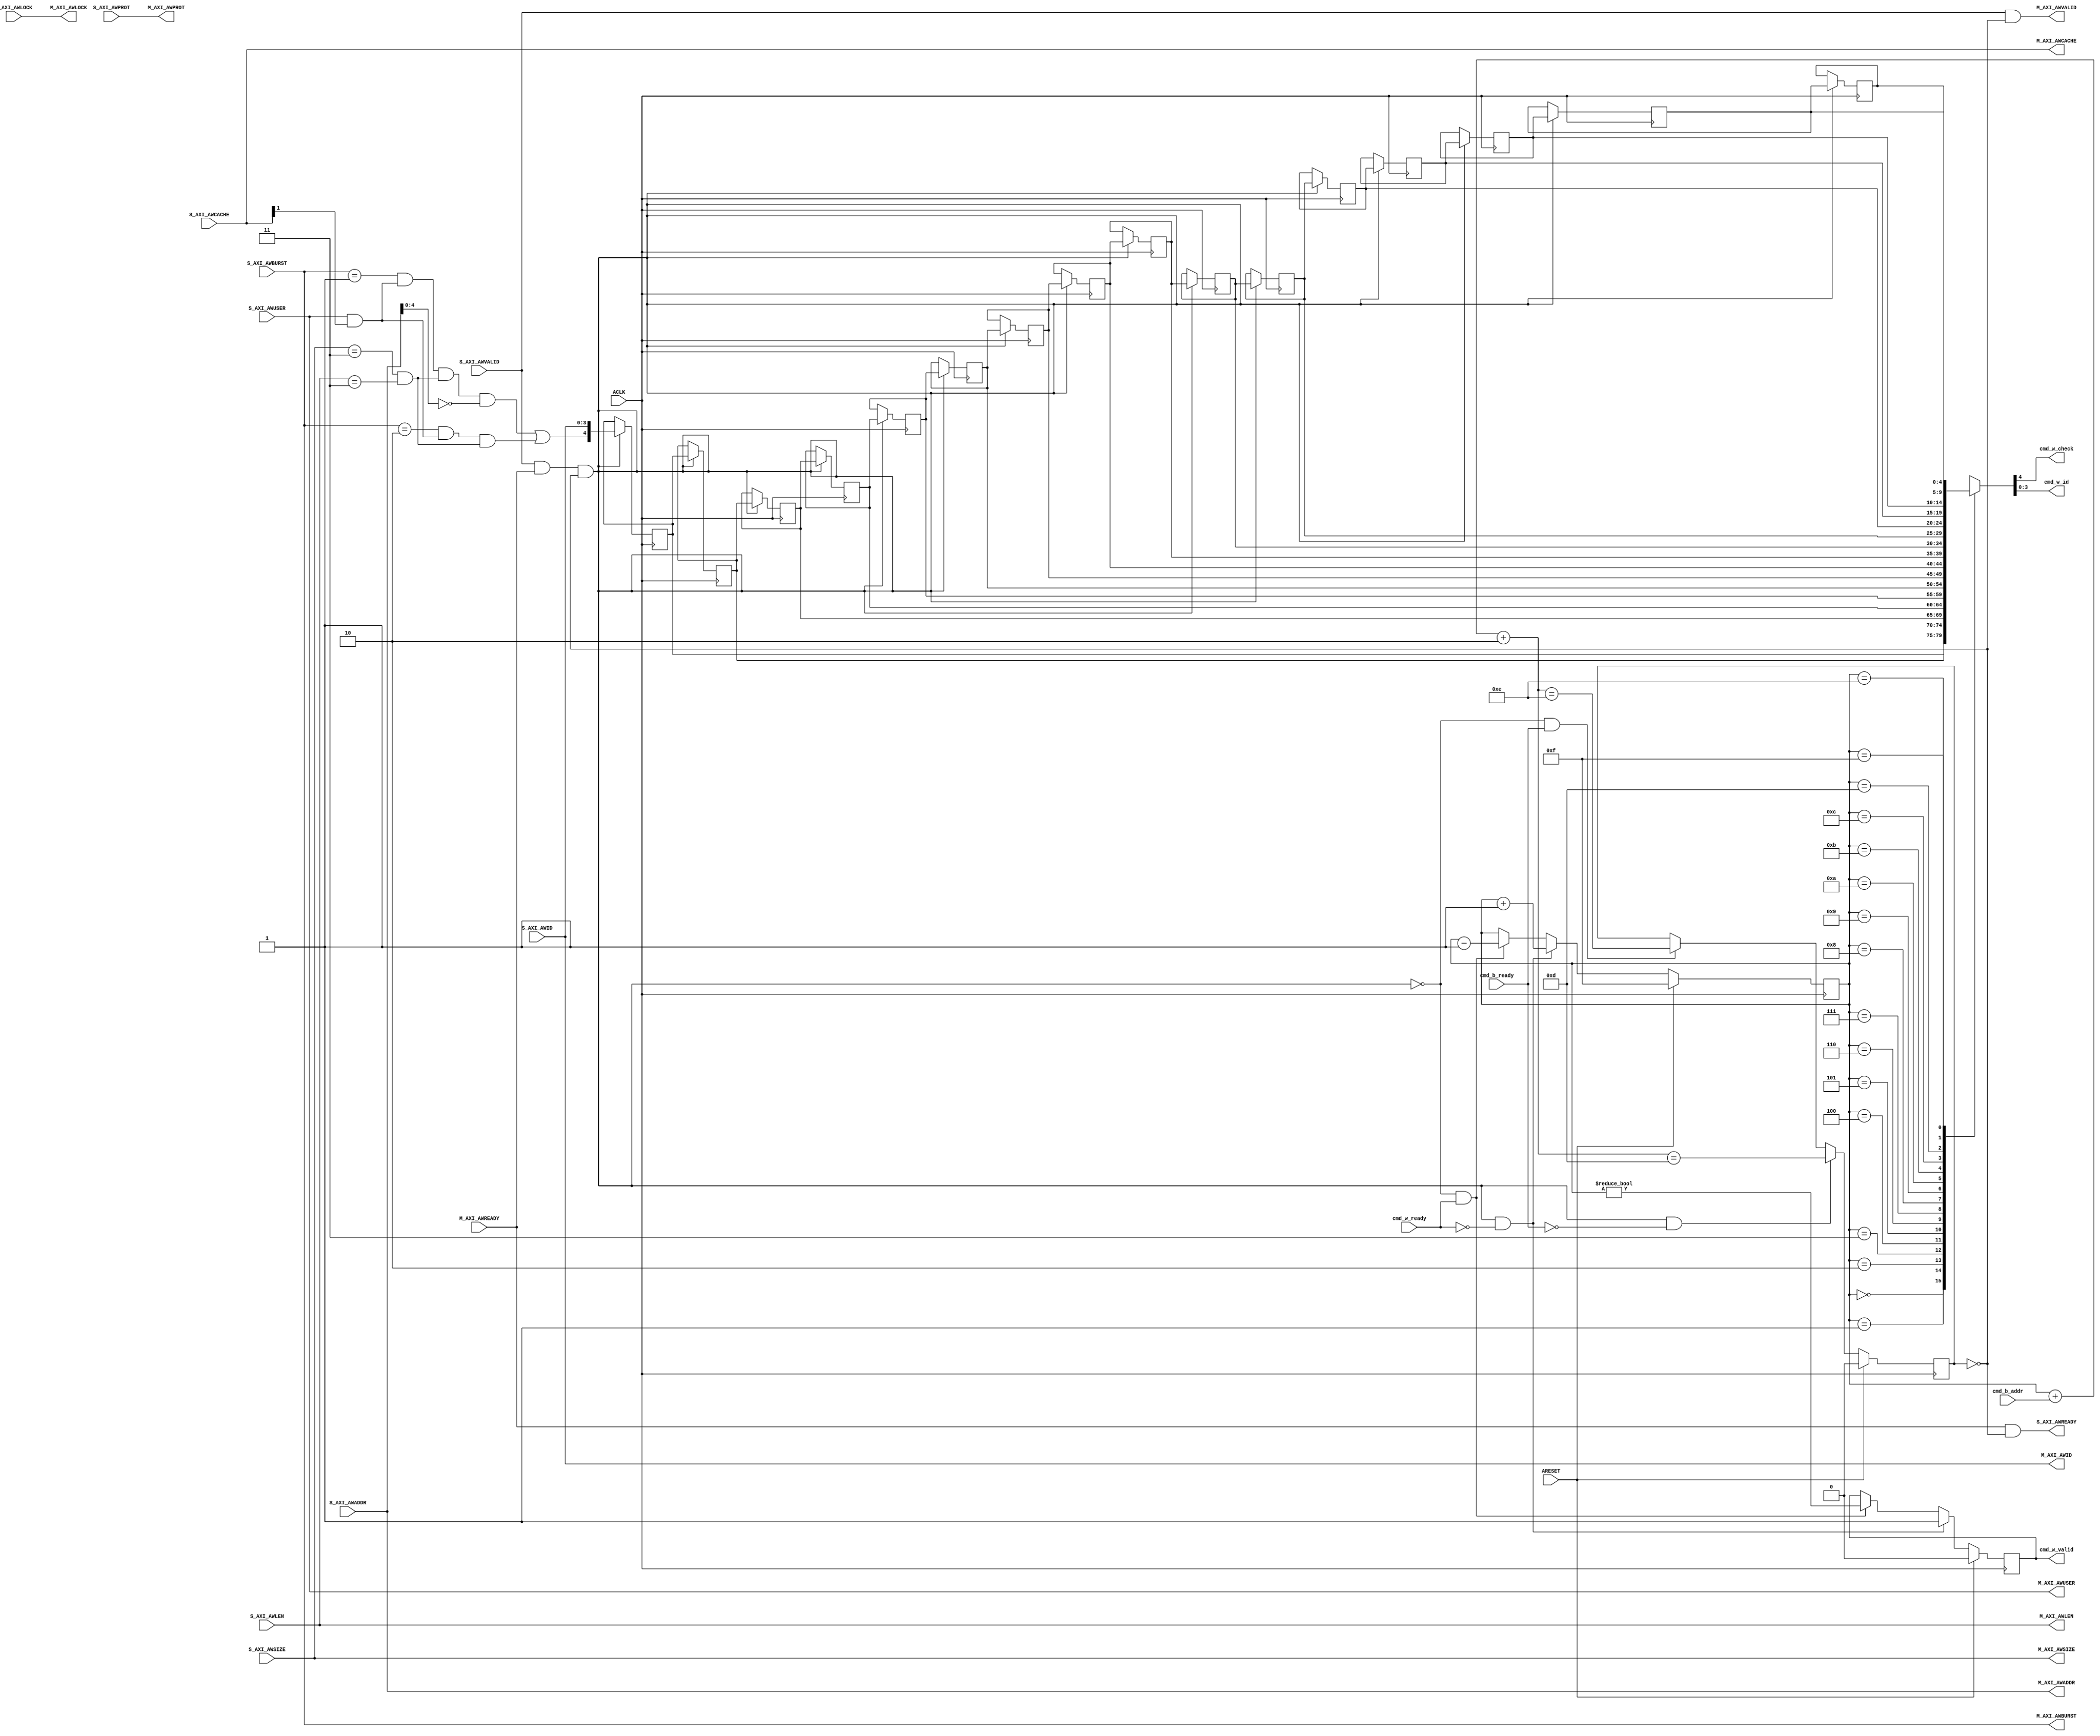
// -- (c) Copyright 2010 - 2011 Xilinx, Inc. All rights reserved.
// --
// -- This file contains confidential and proprietary information
// -- of Xilinx, Inc. and is protected under U.S. and 
// -- international copyright and other intellectual property
// -- laws.
// --
// -- DISCLAIMER
// -- This disclaimer is not a license and does not grant any
// -- rights to the materials distributed herewith. Except as
// -- otherwise provided in a valid license issued to you by
// -- Xilinx, and to the maximum extent permitted by applicable
// -- law: (1) THESE MATERIALS ARE MADE AVAILABLE "AS IS" AND
// -- WITH ALL FAULTS, AND XILINX HEREBY DISCLAIMS ALL WARRANTIES
// -- AND CONDITIONS, EXPRESS, IMPLIED, OR STATUTORY, INCLUDING
// -- BUT NOT LIMITED TO WARRANTIES OF MERCHANTABILITY, NON-
// -- INFRINGEMENT, OR FITNESS FOR ANY PARTICULAR PURPOSE; and
// -- (2) Xilinx shall not be liable (whether in contract or tort,
// -- including negligence, or under any other theory of
// -- liability) for any loss or damage of any kind or nature
// -- related to, arising under or in connection with these
// -- materials, including for any direct, or any indirect,
// -- special, incidental, or consequential loss or damage
// -- (including loss of data, profits, goodwill, or any type of
// -- loss or damage suffered as a result of any action brought
// -- by a third party) even if such damage or loss was
// -- reasonably foreseeable or Xilinx had been advised of the
// -- possibility of the same.
// --
// -- CRITICAL APPLICATIONS
// -- Xilinx products are not designed or intended to be fail-
// -- safe, or for use in any application requiring fail-safe
// -- performance, such as life-support or safety devices or
// -- systems, Class III medical devices, nuclear facilities,
// -- applications related to the deployment of airbags, or any
// -- other applications that could lead to death, personal
// -- injury, or severe property or environmental damage
// -- (individually and collectively, "Critical
// -- Applications"). Customer assumes the sole risk and
// -- liability of any use of Xilinx products in Critical
// -- Applications, subject only to applicable laws and
// -- regulations governing limitations on product liability.
// --
// -- THIS COPYRIGHT NOTICE AND DISCLAIMER MUST BE RETAINED AS
// -- PART OF THIS FILE AT ALL TIMES.
//-----------------------------------------------------------------------------
//
// Description: Address Write Channel for ATC
//
//
// Verilog-standard:  Verilog 2001
//--------------------------------------------------------------------------
//
// Structure:
//   aw_atc
//
//--------------------------------------------------------------------------
`timescale 1ps/1ps


module processing_system7_v5_5_aw_atc #
  (
   parameter         C_FAMILY                         = "rtl", 
                       // FPGA Family. Current version: virtex6, spartan6 or later.
   parameter integer C_AXI_ID_WIDTH                   = 4, 
                       // Width of all ID signals on SI and MI side of checker.
                       // Range: >= 1.
   parameter integer C_AXI_ADDR_WIDTH                 = 32, 
                       // Width of all ADDR signals on SI and MI side of checker.
                       // Range: 32.
   parameter integer C_AXI_AWUSER_WIDTH               = 1,
                       // Width of AWUSER signals. 
                       // Range: >= 1.
   parameter integer C_FIFO_DEPTH_LOG                 = 4
   )
  (
   // Global Signals
   input  wire                                  ARESET,
   input  wire                                  ACLK,

   // Command Interface
   output reg                                   cmd_w_valid,
   output wire                                  cmd_w_check,
   output wire [C_AXI_ID_WIDTH-1:0]             cmd_w_id,
   input  wire                                  cmd_w_ready,
   input  wire [C_FIFO_DEPTH_LOG-1:0]           cmd_b_addr,
   input  wire                                  cmd_b_ready,
   
   // Slave Interface Write Address Port
   input  wire [C_AXI_ID_WIDTH-1:0]             S_AXI_AWID,
   input  wire [C_AXI_ADDR_WIDTH-1:0]           S_AXI_AWADDR,
   input  wire [4-1:0]                          S_AXI_AWLEN,
   input  wire [3-1:0]                          S_AXI_AWSIZE,
   input  wire [2-1:0]                          S_AXI_AWBURST,
   input  wire [2-1:0]                          S_AXI_AWLOCK,
   input  wire [4-1:0]                          S_AXI_AWCACHE,
   input  wire [3-1:0]                          S_AXI_AWPROT,
   input  wire [C_AXI_AWUSER_WIDTH-1:0]         S_AXI_AWUSER,
   input  wire                                  S_AXI_AWVALID,
   output wire                                  S_AXI_AWREADY,

   // Master Interface Write Address Port
   output wire [C_AXI_ID_WIDTH-1:0]             M_AXI_AWID,
   output wire [C_AXI_ADDR_WIDTH-1:0]           M_AXI_AWADDR,
   output wire [4-1:0]                          M_AXI_AWLEN,
   output wire [3-1:0]                          M_AXI_AWSIZE,
   output wire [2-1:0]                          M_AXI_AWBURST,
   output wire [2-1:0]                          M_AXI_AWLOCK,
   output wire [4-1:0]                          M_AXI_AWCACHE,
   output wire [3-1:0]                          M_AXI_AWPROT,
   output wire [C_AXI_AWUSER_WIDTH-1:0]         M_AXI_AWUSER,
   output wire                                  M_AXI_AWVALID,
   input  wire                                  M_AXI_AWREADY
   );
  
  
  /////////////////////////////////////////////////////////////////////////////
  // Local params
  /////////////////////////////////////////////////////////////////////////////
  
  // Constants for burst types.
  localparam [2-1:0] C_FIX_BURST         = 2'b00;
  localparam [2-1:0] C_INCR_BURST        = 2'b01;
  localparam [2-1:0] C_WRAP_BURST        = 2'b10;
  
  // Constants for size.
  localparam [3-1:0] C_OPTIMIZED_SIZE    = 3'b011;
  
  // Constants for length.
  localparam [4-1:0] C_OPTIMIZED_LEN     = 4'b0011;

  // Constants for cacheline address.
  localparam [4-1:0] C_NO_ADDR_OFFSET    = 5'b0;
  
  // Command FIFO settings
  localparam C_FIFO_WIDTH                = C_AXI_ID_WIDTH + 1;
  localparam C_FIFO_DEPTH                = 2 ** C_FIFO_DEPTH_LOG;
    
  
  /////////////////////////////////////////////////////////////////////////////
  // Variables for generating parameter controlled instances.
  /////////////////////////////////////////////////////////////////////////////
  
  integer index;
  
  
  /////////////////////////////////////////////////////////////////////////////
  // Functions
  /////////////////////////////////////////////////////////////////////////////
  
  
  /////////////////////////////////////////////////////////////////////////////
  // Internal signals
  /////////////////////////////////////////////////////////////////////////////
  
  // Transaction properties.
  wire                                access_is_incr;
  wire                                access_is_wrap;
  wire                                access_is_coherent;
  wire                                access_optimized_size;
  wire                                incr_addr_boundary;
  wire                                incr_is_optimized;
  wire                                wrap_is_optimized;
  wire                                access_is_optimized;
  
  // Command FIFO.
  wire                                cmd_w_push;
  reg                                 cmd_full;
  reg  [C_FIFO_DEPTH_LOG-1:0]         addr_ptr;
  wire [C_FIFO_DEPTH_LOG-1:0]         all_addr_ptr;
  reg  [C_FIFO_WIDTH-1:0]             data_srl[C_FIFO_DEPTH-1:0];
  
  
  /////////////////////////////////////////////////////////////////////////////
  // Transaction Decode:
  //
  // Detect if transaction is of correct typ, size and length to qualify as
  // an optimized transaction that has to be checked for errors.
  // 
  /////////////////////////////////////////////////////////////////////////////
  
  // Transaction burst type.
  assign access_is_incr         = ( S_AXI_AWBURST == C_INCR_BURST );
  assign access_is_wrap         = ( S_AXI_AWBURST == C_WRAP_BURST );
  
  // Transaction has to be Coherent.
  assign access_is_coherent     = ( S_AXI_AWUSER[0]  == 1'b1 ) &
                                  ( S_AXI_AWCACHE[1] == 1'b1 );
  
  // Transaction cacheline boundary address.
  assign incr_addr_boundary     = ( S_AXI_AWADDR[4:0] == C_NO_ADDR_OFFSET );
  
  // Transaction length & size.
  assign access_optimized_size  = ( S_AXI_AWSIZE == C_OPTIMIZED_SIZE ) & 
                                  ( S_AXI_AWLEN  == C_OPTIMIZED_LEN  );
  
  // Transaction is optimized.
  assign incr_is_optimized      = access_is_incr & access_is_coherent & access_optimized_size & incr_addr_boundary;
  assign wrap_is_optimized      = access_is_wrap & access_is_coherent & access_optimized_size;
  assign access_is_optimized    = ( incr_is_optimized | wrap_is_optimized );
  
  
  /////////////////////////////////////////////////////////////////////////////
  // Command FIFO:
  //
  // Since supported write interleaving is only 1, it is safe to use only a 
  // simple SRL based FIFO as a command queue.
  // 
  /////////////////////////////////////////////////////////////////////////////
    
  // Determine when transaction infromation is pushed to the FIFO.
  assign cmd_w_push = S_AXI_AWVALID & M_AXI_AWREADY & ~cmd_full;
  
  // SRL FIFO Pointer.
  always @ (posedge ACLK) begin
    if (ARESET) begin
      addr_ptr <= {C_FIFO_DEPTH_LOG{1'b1}};
    end else begin
      if ( cmd_w_push & ~cmd_w_ready ) begin
        addr_ptr <= addr_ptr + 1;
      end else if ( ~cmd_w_push & cmd_w_ready ) begin
        addr_ptr <= addr_ptr - 1;
      end
    end
  end
  
  // Total number of buffered commands.
  assign all_addr_ptr = addr_ptr + cmd_b_addr + 2;
  
  // FIFO Flags.
  always @ (posedge ACLK) begin
    if (ARESET) begin
      cmd_full    <= 1'b0;
      cmd_w_valid <= 1'b0;
    end else begin
      if ( cmd_w_push & ~cmd_w_ready ) begin
        cmd_w_valid <= 1'b1;
      end else if ( ~cmd_w_push & cmd_w_ready ) begin
        cmd_w_valid <= ( addr_ptr != 0 );
      end
      if ( cmd_w_push & ~cmd_b_ready ) begin
        // Going to full.
        cmd_full    <= ( all_addr_ptr == C_FIFO_DEPTH-3 );
      end else if ( ~cmd_w_push & cmd_b_ready ) begin
        // Pop in middle of queue doesn't affect full status.
        cmd_full    <= ( all_addr_ptr == C_FIFO_DEPTH-2 );
      end
    end
  end
  
  // Infere SRL for storage.
  always @ (posedge ACLK) begin
    if ( cmd_w_push ) begin
      for (index = 0; index < C_FIFO_DEPTH-1 ; index = index + 1) begin
        data_srl[index+1] <= data_srl[index];
      end
      data_srl[0]   <= {access_is_optimized, S_AXI_AWID};
    end
  end
  
  // Get current transaction info.
  assign {cmd_w_check, cmd_w_id} = data_srl[addr_ptr];
  
  
  /////////////////////////////////////////////////////////////////////////////
  // Transaction Throttling:
  //
  // Stall commands if FIFO is full. 
  // 
  /////////////////////////////////////////////////////////////////////////////
  
  // Propagate masked valid.
  assign M_AXI_AWVALID   = S_AXI_AWVALID & ~cmd_full;
  
  // Return ready with push back.
  assign S_AXI_AWREADY   = M_AXI_AWREADY & ~cmd_full;
  
  
  /////////////////////////////////////////////////////////////////////////////
  // Address Write propagation:
  //
  // All information is simply forwarded on from the SI- to MI-Side untouched.
  // 
  /////////////////////////////////////////////////////////////////////////////
  
  // 1:1 mapping.
  assign M_AXI_AWID      = S_AXI_AWID; 
  assign M_AXI_AWADDR    = S_AXI_AWADDR;
  assign M_AXI_AWLEN     = S_AXI_AWLEN;
  assign M_AXI_AWSIZE    = S_AXI_AWSIZE;
  assign M_AXI_AWBURST   = S_AXI_AWBURST;
  assign M_AXI_AWLOCK    = S_AXI_AWLOCK;
  assign M_AXI_AWCACHE   = S_AXI_AWCACHE;
  assign M_AXI_AWPROT    = S_AXI_AWPROT;
  assign M_AXI_AWUSER    = S_AXI_AWUSER;
  
  
endmodule